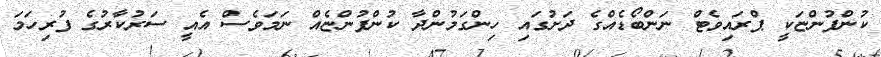
ކުންފުންޏަކީ ޕްރައިވެޓް ނަންބޯޑެއްގެ ދަށުގައި ހިންގަމުންދާ ކުންފުންޏެއް ނަމަވެސް އެއީ ސަރުކާރުގެ ފުރިހަމަ